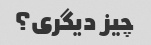
چیز دیگری؟